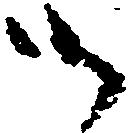
御